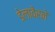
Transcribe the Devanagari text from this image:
डेलावेरने